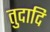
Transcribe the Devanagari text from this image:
तुदादि